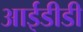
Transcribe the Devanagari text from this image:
आईडीडी